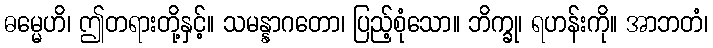
ဓမ္မေဟိ၊ ဤတရားတို့နှင့်။ သမန္နာဂတော၊ ပြည့်စုံသော။ ဘိက္ခု၊ ရဟန်းကို။ အာဘတံ၊